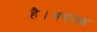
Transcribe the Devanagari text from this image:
है।वयस्क